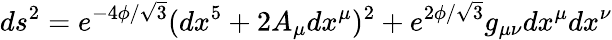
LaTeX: ds^{2}=e^{-4\phi/\sqrt{3}}(dx^{5}+2A_{\mu}dx^{\mu})^{2}+e^{2\phi/\sqrt{3}}g_{\mu\nu}dx^{\mu}dx^{\nu}